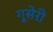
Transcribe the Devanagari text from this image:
गूसेरी